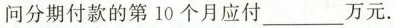
问分期付款的第 10 个月应付 ___ 万元.